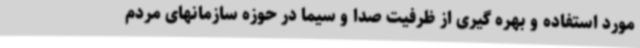
مورد استفاده و بهره گیری از ظرفیت صدا و سیما در حوزه سازمانهای مردم